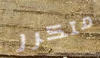
متكرر